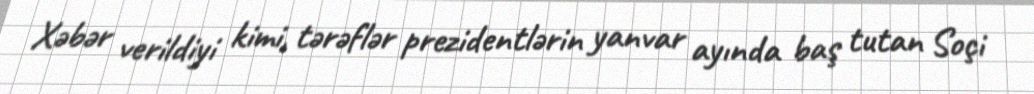
Xəbər verildiyi kimi, tərəflər prezidentlərin yanvar ayında baş tutan Soçi